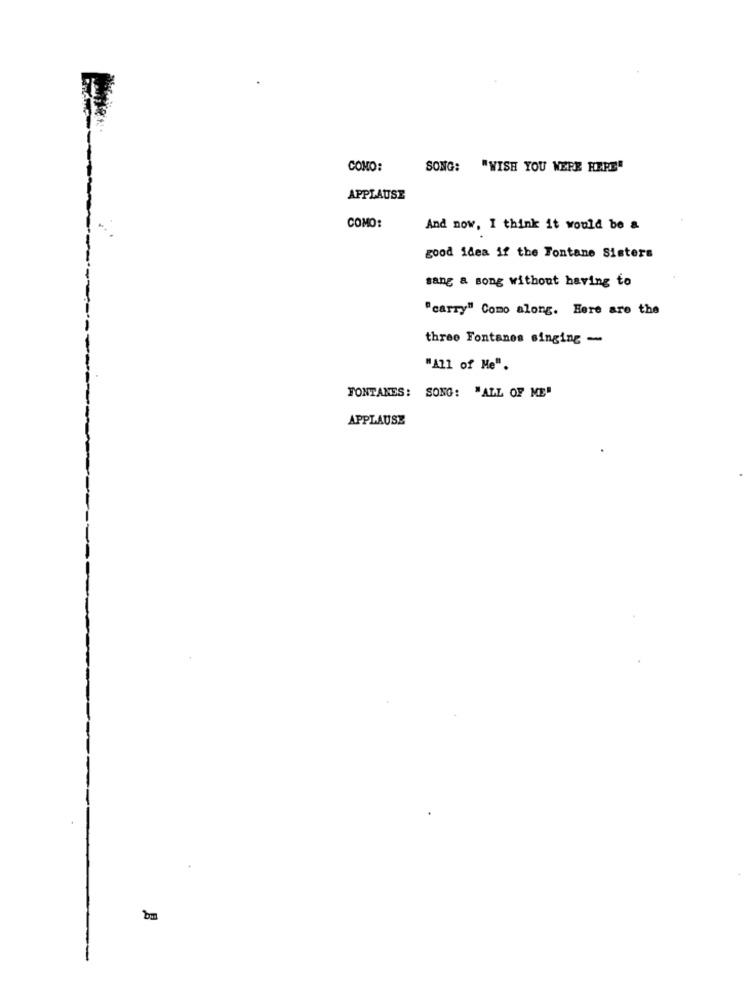
COMO:
SONG: "WISH YOU WERE HERE"
APPLAUSE
COMO:
And now, I think it would be a
good idea if the Fontane Sisters
sang a song without having to
"carry" Como along. Here are the
three Fontanes singing -
"All of Me".
FONTANES: SONG: "ALL OF ME"
APPLAUSE